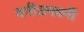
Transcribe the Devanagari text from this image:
वनीउपवनीं